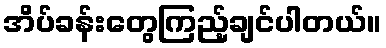
အိပ်ခန်းတွေကြည့်ချင်ပါတယ်။